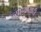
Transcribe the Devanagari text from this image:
ज्याच्यासाठी